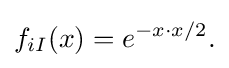
{f_{iI}(x)=e^{-x\cdot x/2}.}